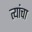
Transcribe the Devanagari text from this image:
त्यांंचा